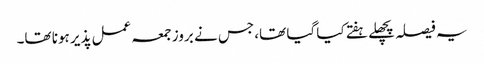
یہ فیصلہ پچھلے ہفتے کیا گیا تھا، جس نے بروز جمعہ عمل پذیر ہونا تھا۔